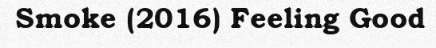
Smoke (2016) Feeling Good